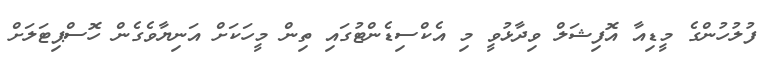
ފުލުހުންގެ މީޑިއާ އޮފިޝަލް ވިދާޅުވީ މި އެކްސިޑެންޓުގައި ތިން މީހަކަށް އަނިޔާވެގެން ހޮސްޕިޓަލަށް